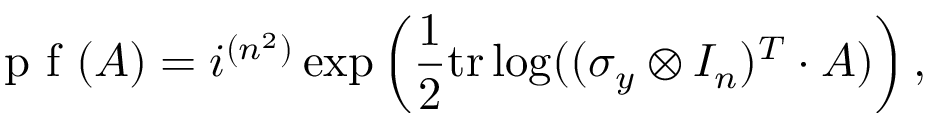
{ \textrm { p f } } ( A ) = i ^ { ( n ^ { 2 } ) } \exp \left( { \frac { 1 } { 2 } } \mathrm { t r } \log ( ( \sigma _ { y } \otimes I _ { n } ) ^ { T } \cdot A ) \right) ,